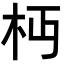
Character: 𣏜